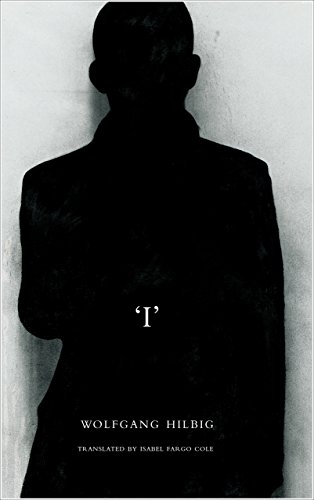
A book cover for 'I' (The German List); Wolfgang Hilbig; Literature & Fiction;